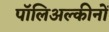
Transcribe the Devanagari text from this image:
पॉलिअल्कीनों